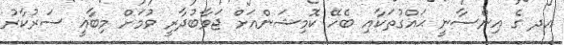
އދ ގެ އިންސާނީ ޙައްގުތަކާއި ބެހޭ ކޮމިޝަންއަށް ޖަވާބުދާރީ ވުމަށް މިބާޣީ ސަރުކާރު